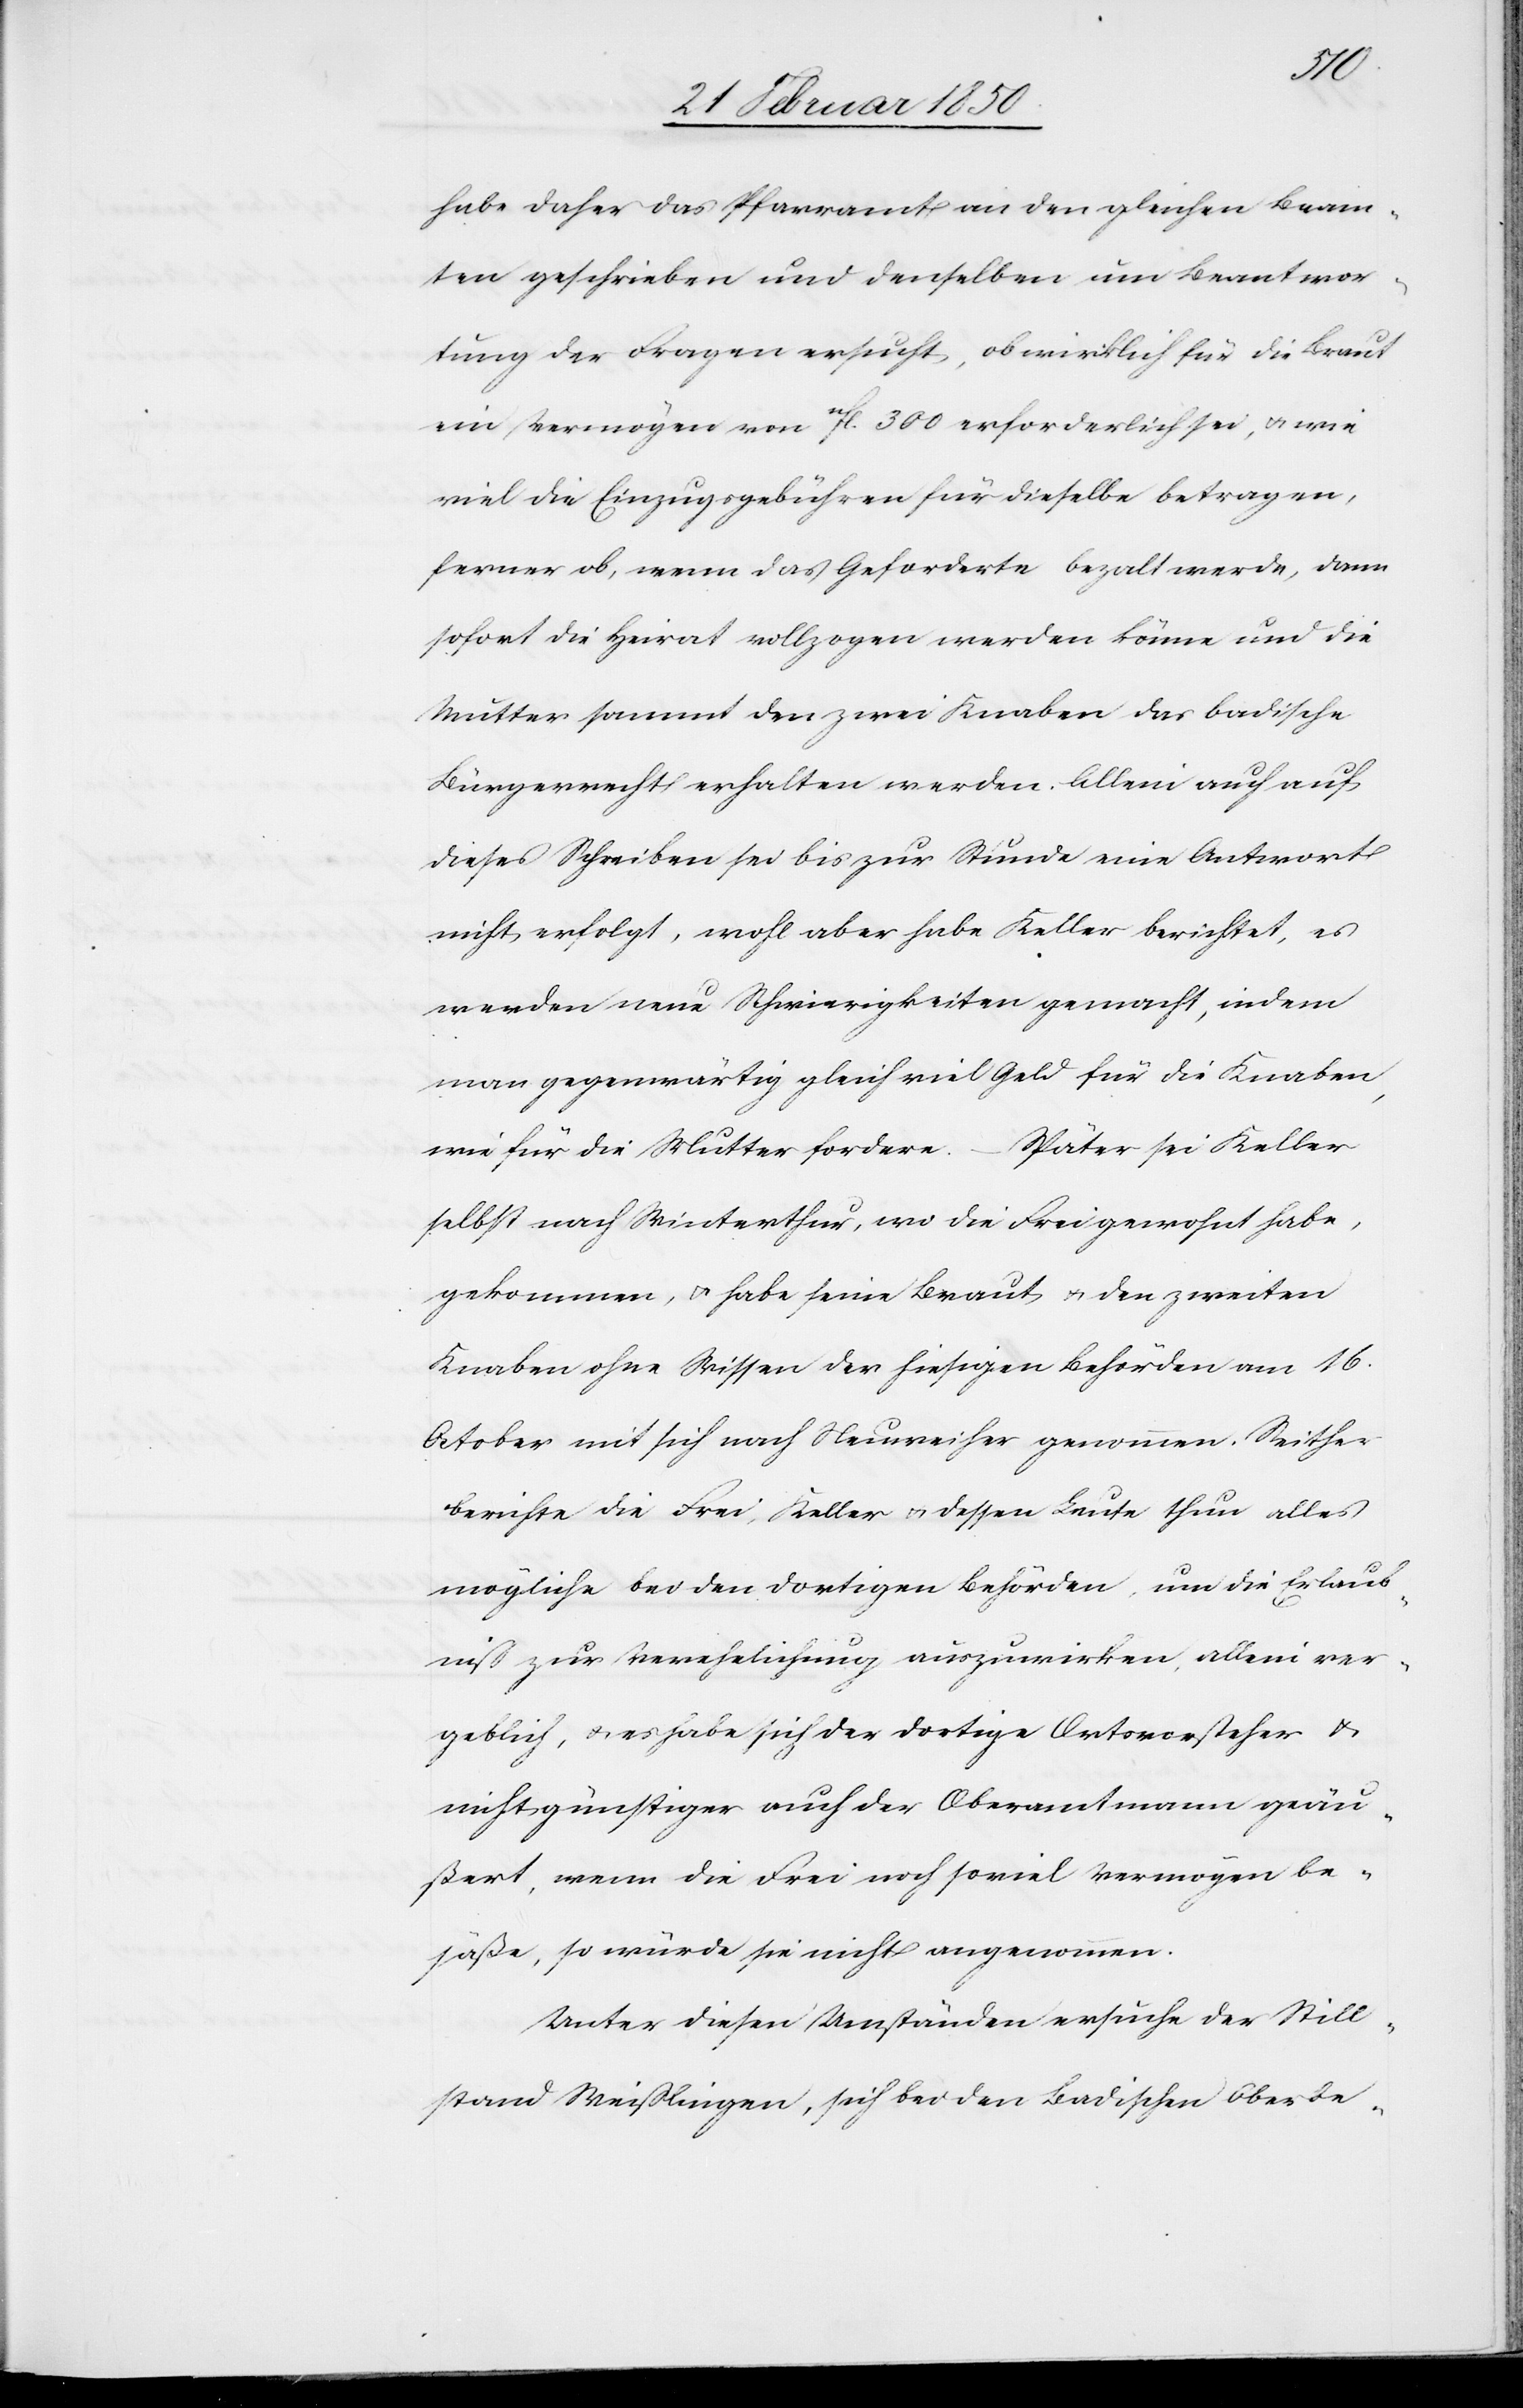
habe daher das Pfarramt an den gleichen Beam¬
ten geschrieben und denselben um Beantwor¬
tung der Fragen ersucht, ob wirklich für die Braut
ein Vermögen von fl. 300 erforderlich sei, u. wie
viel die Einzugsgebühren für dieselbe betragen,
ferner ob, wenn das Geforderte bezalt werde, dann
sofort die Heirat vollzogen werden könne und die
Mutter sammt den zwei Knaben das badische
Bürgerrecht erhalten werden. Allein auch auf
dieses Schreiben sei bis zur Stunde eine Antwort
nicht erfolgt, wohl aber habe Keller berichtet, es
werden neue Schwierigkeiten gemacht, indem
man gegenwärtig gleich viel Geld für die Knaben,
wie für die Mutter fordere. – Später sei Keller
selbst nach Winterthur, wo die Frei gewohnt habe,
gekommen, u. habe seine Braut u. den zweiten
Knaben ohne Wissen der hiesigen Behörden am 16.
October mit sich nach Neuweiher genommen. Seither
berichte die Frei, Keller u. dessen Leute thun alles
mögliche bei den dortigen Behörden, um die Erlaub¬
niß zur Verehelichung auszuwirken, allein ver¬
geblich, u. es habe sich der dortige Ortsvorsteher u.
nicht günstiger auch der Oberamtmann geäu¬
ßert, wenn die Frei noch soviel Vermögen be¬
säße, so würde sie nicht angenommen.
Unter diesen Umständen ersuche der Still¬
stand Weißlingen, sich bei den Badischen Oberbe-